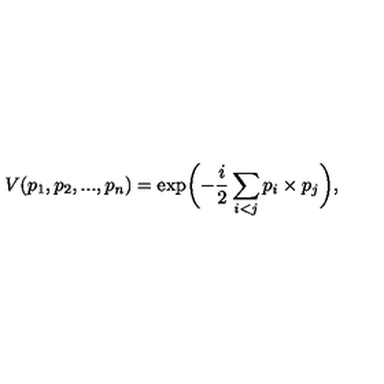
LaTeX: V ( p _ { 1 } , p _ { 2 } , . . . , p _ { n } ) = \exp \biggl ( - \frac { i } { 2 } \sum _ { i < j } p _ { i } \times p _ { j } \biggr ) ,